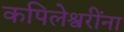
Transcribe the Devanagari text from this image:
कपिलेश्वरींना